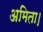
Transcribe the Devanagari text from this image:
अमिता।